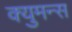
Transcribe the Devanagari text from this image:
क्युमन्स